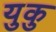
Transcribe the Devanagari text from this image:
युकु